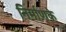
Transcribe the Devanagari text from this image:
निर्माणके